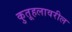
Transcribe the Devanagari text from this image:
कुतूहलावरील